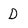
Character: D